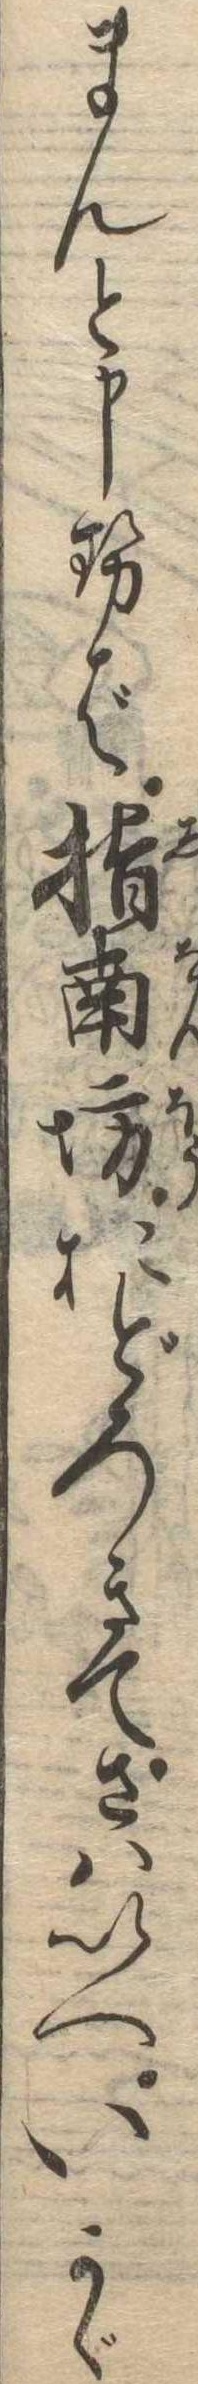
まんと申せば指南坊おどろきてさはいへいかゞ